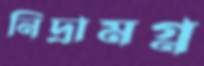
নিদ্রামগ্ন